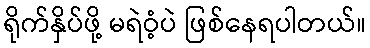
ရိုက်နှိပ်ဖို့ မရဲဝံ့ပဲ ဖြစ်နေရပါတယ်။